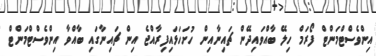
އިންވެސްޓްމަންޓް ފޯރަމް ހިލޭ ބާއްވައިދޭން ޗައިނާއިން ހުށަހަޅައިފިރާއްޖެ އިން ޗައިނާގައި ބާއްވާ އިންވެސްޓްމަންޓް